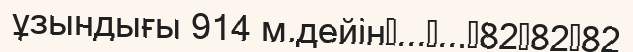
ұзындығы 914 м.дейін	...	...	82	82	82